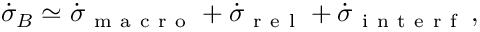
\dot { \sigma } _ { B } \simeq \dot { \sigma } _ { \mathrm { ~ m ~ a ~ c ~ r ~ o ~ } } + \dot { \sigma } _ { \mathrm { ~ r ~ e ~ l ~ } } + \dot { \sigma } _ { \mathrm { ~ i ~ n ~ t ~ e ~ r ~ f ~ } } \, ,